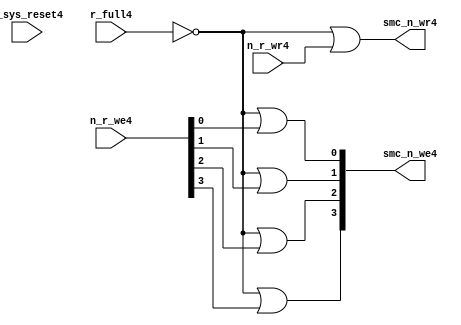
//File4 name   : smc_wr_enable_lite4.v
//Title4       : 
//Created4     : 1999
//Description4 : 
//Notes4       : 
//----------------------------------------------------------------------
//   Copyright4 1999-2010 Cadence4 Design4 Systems4, Inc4.
//   All Rights4 Reserved4 Worldwide4
//
//   Licensed4 under the Apache4 License4, Version4 2.0 (the
//   "License4"); you may not use this file except4 in
//   compliance4 with the License4.  You may obtain4 a copy of
//   the License4 at
//
//       http4://www4.apache4.org4/licenses4/LICENSE4-2.0
//
//   Unless4 required4 by applicable4 law4 or agreed4 to in
//   writing, software4 distributed4 under the License4 is
//   distributed4 on an "AS4 IS4" BASIS4, WITHOUT4 WARRANTIES4 OR4
//   CONDITIONS4 OF4 ANY4 KIND4, either4 express4 or implied4.  See
//   the License4 for the specific4 language4 governing4
//   permissions4 and limitations4 under the License4.
//----------------------------------------------------------------------


  module smc_wr_enable_lite4 (

                      //inputs4                      

                      n_sys_reset4,
                      r_full4,
                      n_r_we4,
                      n_r_wr4,

                      //outputs4

                      smc_n_we4,
                      smc_n_wr4);

//I4/O4
   
   input             n_sys_reset4;   //system reset
   input             r_full4;    // Full cycle write strobe4
   input [3:0]       n_r_we4;    //write enable from smc_strobe4
   input             n_r_wr4;    //write strobe4 from smc_strobe4
   output [3:0]      smc_n_we4;  // write enable (active low4)
   output            smc_n_wr4;  // write strobe4 (active low4)
   
   
//output reg declaration4.
   
   reg [3:0]          smc_n_we4;
   reg                smc_n_wr4;

//----------------------------------------------------------------------
// negedge strobes4 with clock4.
//----------------------------------------------------------------------
      

//----------------------------------------------------------------------
      
//--------------------------------------------------------------------
// Gate4 Write strobes4 with clock4.
//--------------------------------------------------------------------

  always @(r_full4 or n_r_we4)
  
  begin
  
     smc_n_we4[0] = ((~r_full4  ) | n_r_we4[0] );

     smc_n_we4[1] = ((~r_full4  ) | n_r_we4[1] );

     smc_n_we4[2] = ((~r_full4  ) | n_r_we4[2] );

     smc_n_we4[3] = ((~r_full4  ) | n_r_we4[3] );

  
  end

//--------------------------------------------------------------------   
//write strobe4 generation4
//--------------------------------------------------------------------   

  always @(n_r_wr4 or r_full4 )
  
     begin
  
        smc_n_wr4 = ((~r_full4 ) | n_r_wr4 );
       
     end

endmodule // smc_wr_enable4